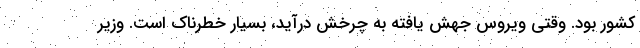
کشور بود. وقتی ویروس جهش یافته به چرخش درآید، بسیار خطرناک است. وزیر